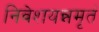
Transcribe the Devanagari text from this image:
निवेशयन्नमृतं